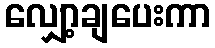
လျှော့ချပေးကာ